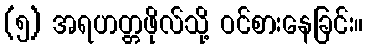
(၅) အရဟတ္တဖိုလ်သို့ ဝင်စားနေခြင်း။